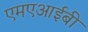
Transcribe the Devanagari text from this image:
एमएआईबी